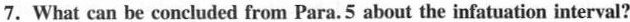
7. What can be concluded from Para. 5 about the infatuation interval?